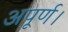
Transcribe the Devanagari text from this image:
अपूर्ण।